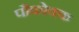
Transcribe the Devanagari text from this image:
पौकोक्क